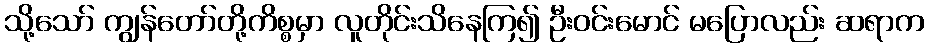
သို့သော် ကျွန်တော်တို့ကိစ္စမှာ လူတိုင်းသိနေကြ၍ ဦးဝင်းမောင် မပြောလည်း ဆရာက